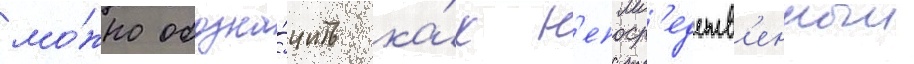
мо́жно обозна́чить ка́к н'епоср'едств'енныи